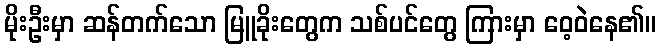
မိုးဦးမှာ ဆန်တက်သော မြူခိုးတွေက သစ်ပင်တွေ ကြားမှာ ဝေ့ဝဲနေ၏။